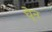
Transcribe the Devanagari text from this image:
घेून